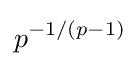
p^{-1/(p-1)}